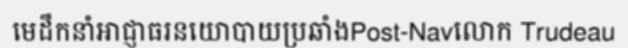
មេដឹកនាំអាជ្ញាធរនយោបាយប្រឆាំងPost-Navលោក Trudeau